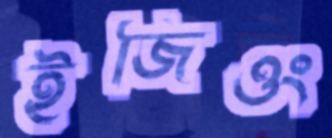
ইজিওং